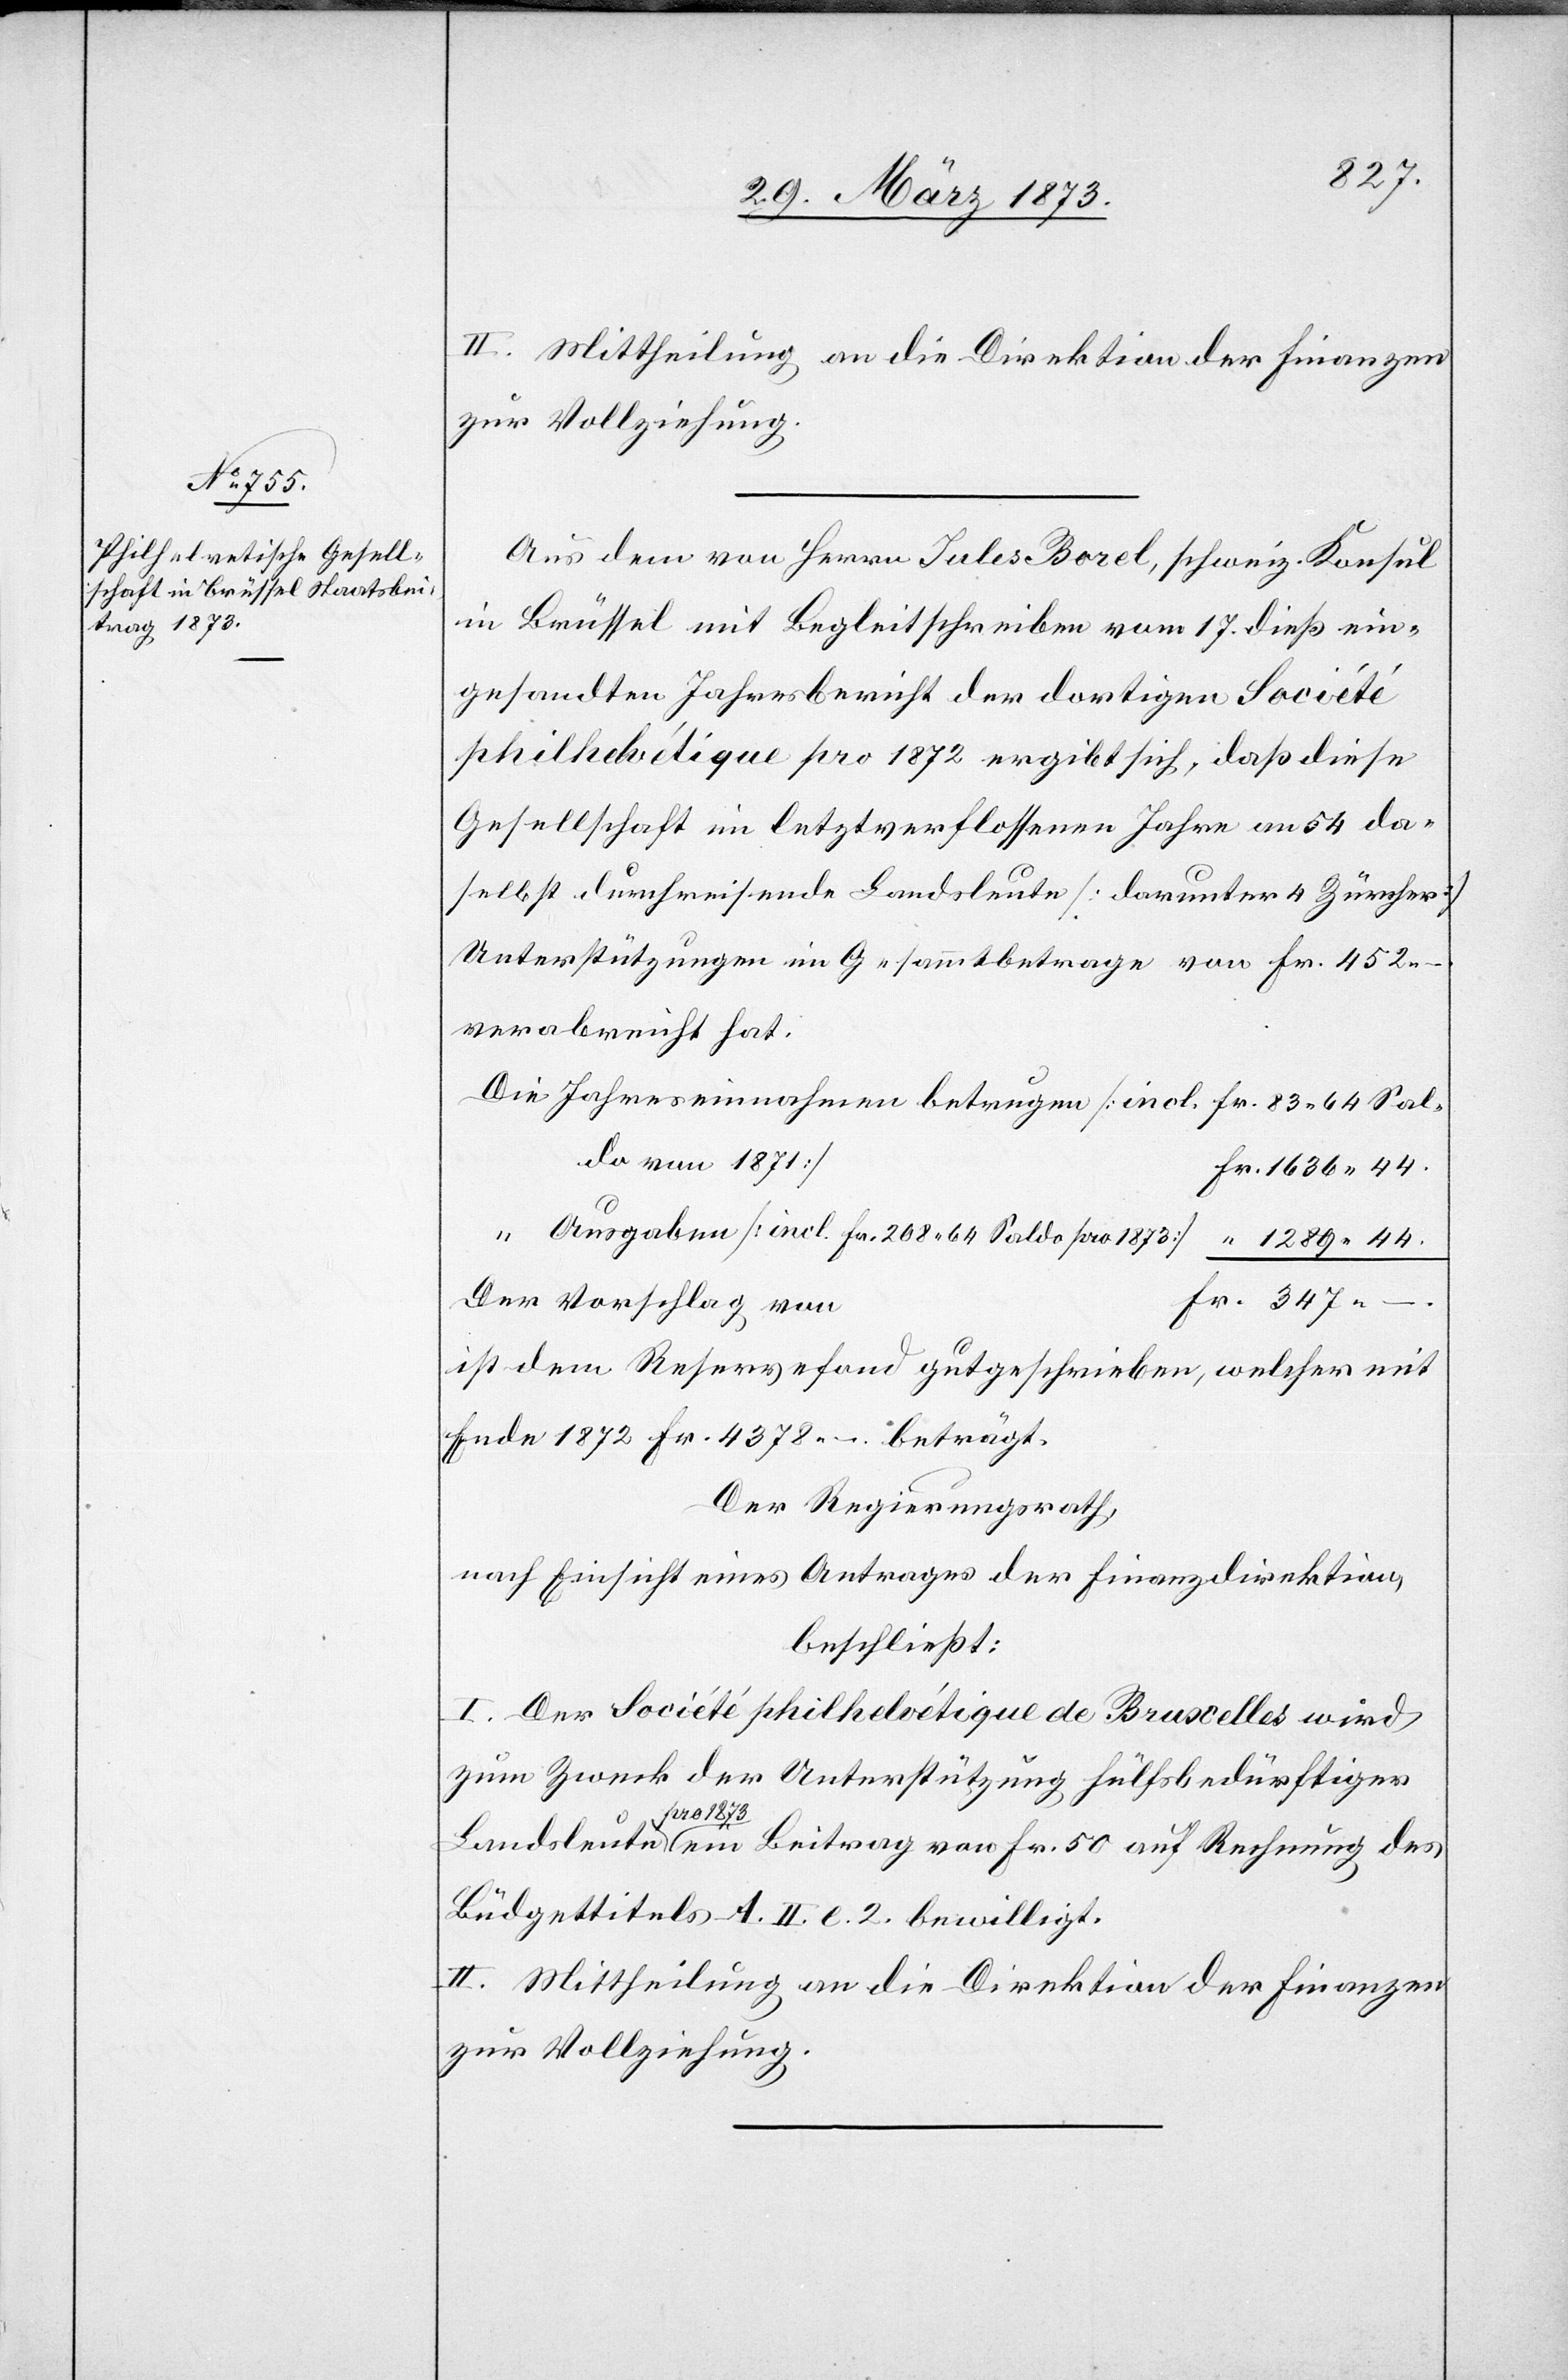
II. Mittheilung an die Direktion der Finanzen
zur Vollziehung.
Aus den von Herren Jules Borel, schweiz. Konsul
in Brüssel mit Begleitschreiben vom 17. dieß ein¬
gesandten Jahresbericht der dortigen Société
philhelvétique pro 1872 ergibt sich, daß diese
Gesellschaft im letztverflossenen Jahre an 54 da¬
selbst durchreisende Landsleute [darunter 4 Zürcher]
Unterstützungen im Gesammtbetrage von Fr. 452.
verabreicht hat.
Die Jahreseinnahmen betragen [incl. Fr. 83. 64 Sal¬
do von 1871]	F¬
r. 1636. 44.
Ausgaben [incl. Fr. 208. 64 Saldo pro 1873]					 “ 1289. 44.
Fr. 50
des
Der Vorschlag von
ist dem Reservefond gutgeschrieben, welcher mit
Ende 1872 Fr. 4378. –. beträgt.
Der Regierungsrath,
nach Einsicht eines Antrages der Finanzdirektion,
beschließt:
I. Der Société philhelvétique de Bruxelles wird
zum Zweck der Unterstützung Hülfsbedürftiger
1873
Beitrag
Büdgettitels A. II. l. 2. bewilligt.
II. Mittheilung an die Direktion der Finanzen
zur Vollziehung.